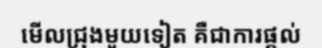
មើលជ្រុងមួយទៀត គឺជាការផ្តល់